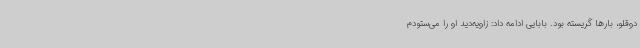
دوقلو، بارها گریسته بود. بابایی ادامه داد: زاویه‌دید او را می‌ستودم